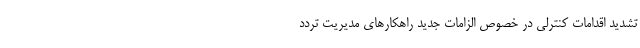
تشدید اقدامات کنترلی در خصوص الزامات جدید راهکار‌های مدیریت تردد